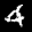
Label: 4